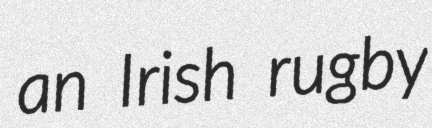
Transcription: an Irish rugby